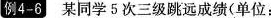
例4-6某同学5次三级跳远成绩(单位：